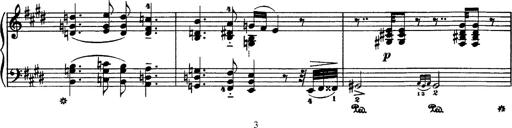
Title: Hungarian Rhapsody No.1
Composer: Franz Liszt
Key: C-sharp minor